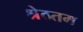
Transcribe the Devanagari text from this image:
श्रेठतम